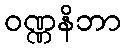
ဝဏ္ဏနိဘာ